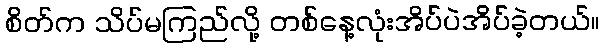
စိတ်က သိပ်မကြည်လို့ တစ်နေ့လုံးအိပ်ပဲအိပ်ခဲ့တယ်။